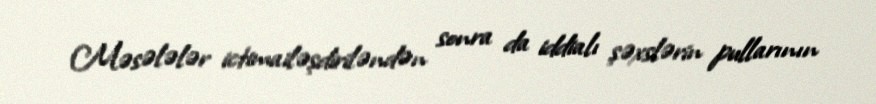
Məsələlər ictimailəşdiriləndən sonra da iddialı şəxslərin pullarının